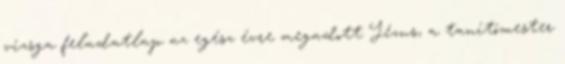
vizsga feladatlap az egész évre megadott Jézus, a tanítómester